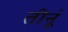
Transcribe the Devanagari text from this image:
तीनूं